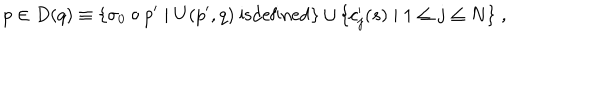
LaTeX: p \in D ( q ) \equiv \{ \sigma _ { 0 } \circ p ^ { \prime } \mid U ( p ^ { \prime } , q ) \mathrm { ~ i s d e f i n e d } \} \cup \{ c _ { j } ^ { \prime } ( s ) \mid 1 \leq j \leq N \} \; ,